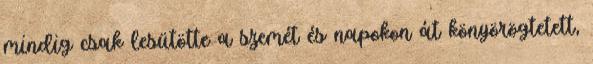
mindig csak lesütötte a szemét és napokon át könyörögtetett,